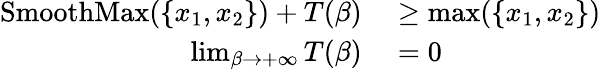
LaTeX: \begin{array}{rl}{\operatorname{SmoothMax}(\{ x_{1},x_{2}\} )+T(\beta)}&{{}\ge\operatorname*{max}(\{ x_{1},x_{2}\} )}\\ {\operatorname*{lim}_{{\beta\to+\infty}}T(\beta)}&{{}=0}\end{array}